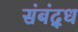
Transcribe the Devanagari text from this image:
संबंद्‌ध